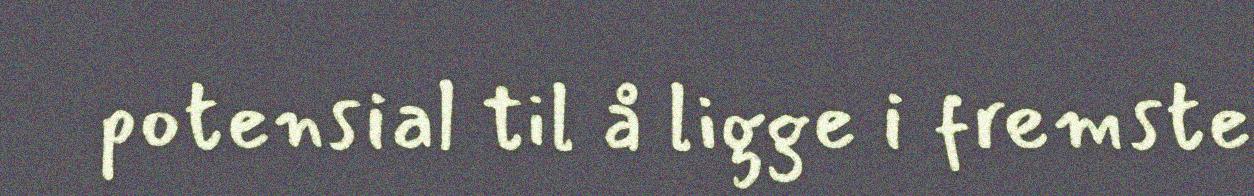
potensial til å ligge i fremste